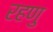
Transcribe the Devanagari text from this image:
रहणु